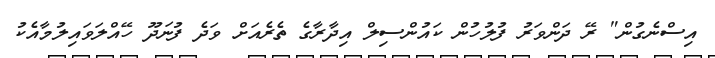
އިސްނެގުން" ރޭ ދަންވަރު ފުލުހުން ކައުންސިލް އިދާރާގެ ތެރެއަށް ވަދެ ފުނަދޫ ހޭއްލަވައިލުމާއެކު